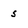
Character: 5